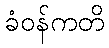
ခံဝန်ကတိ